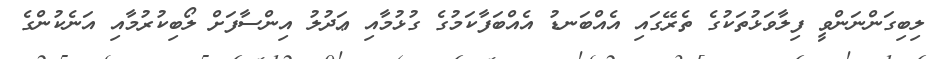
ލިބިގަންނަންވީ ފިލާވަޅުތަކުގެ ތެރޭގައި އެއްބަނޑު އެއްބަފާކަމުގެ ގުޅުމާއި ޢަދުލު އިންސާފަށް ލޯބިކުރުމާއި އަނެކުންގެ